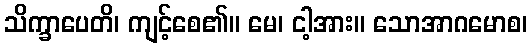
သိက္ခာပေတိ၊ ကျင့်စေ၏။ မေ၊ ငါ့အား။ သောအာဂမောစ၊